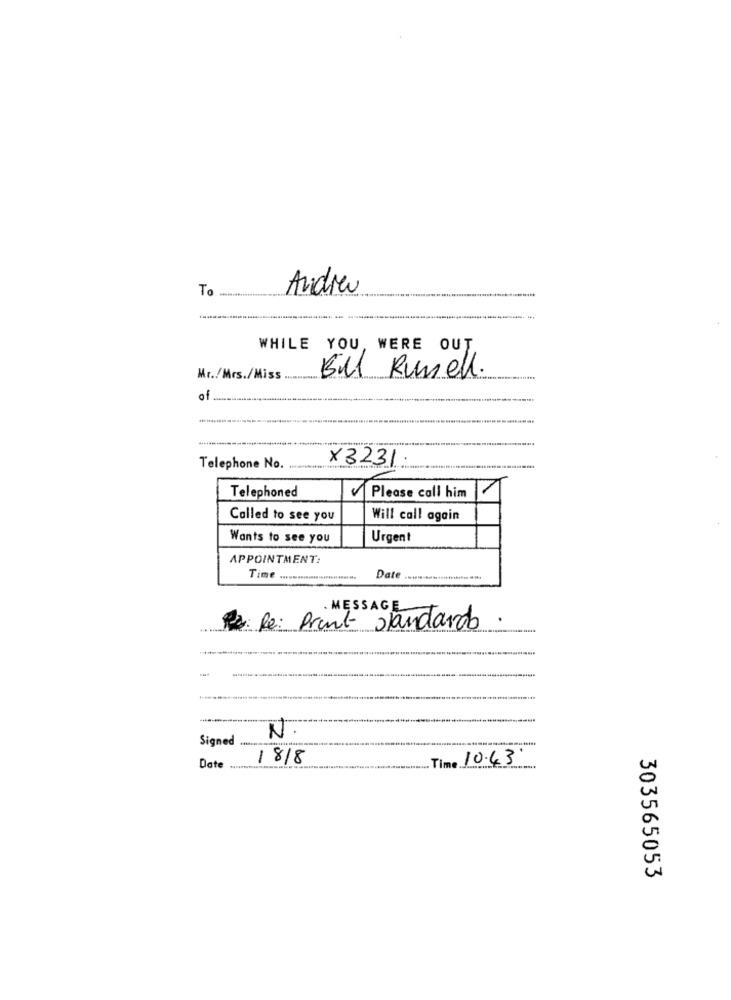
Ta
Andreu
WHILE YOU, WERE OUT
Mr./Mrs./Miss ............
5Ml Rumel.
of
X3231
Telephone No.
Telephoned
Please call him
Called to see you
Will call again
Wants to see you
Urgent
APPOINTMENT:
Time .....
-
Date
MESSAGE
Print- standardo .
N.
Signed
18/8
Time 10.43
Date
303565053